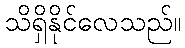
သိရှိနိုင်လေသည်။